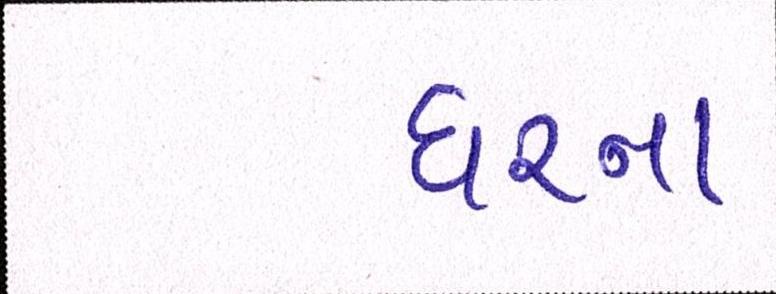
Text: ઘરના